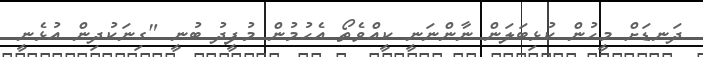
ދަނޑަށް މީހުން ކުޅިބަލަން ނާންނަނީ ކީއްވެތޯ އެހުމުން މުފީދު ބުނީ "ގިނަކުދިން އުޅެނީ